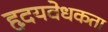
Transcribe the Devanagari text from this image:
हृदयवेधकता